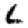
Digit: 6